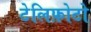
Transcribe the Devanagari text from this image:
टेलिफ़ोटो